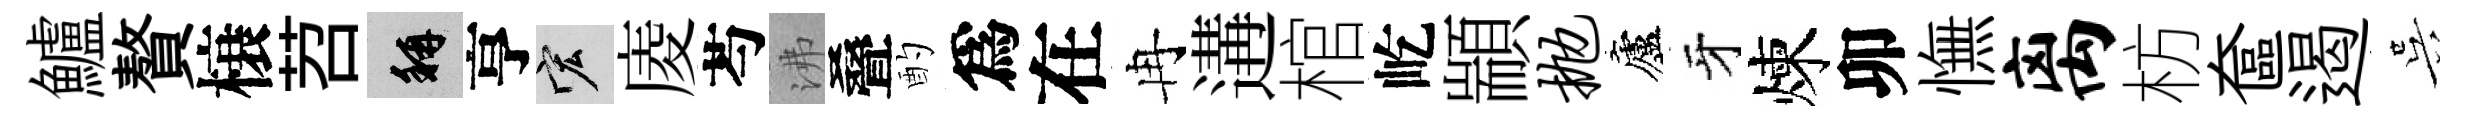
鱸贅榱苕稱亨宏庱芍沸叠酌爲在冉遘棺屹顓抛廬牙煉卯憮离枋奩遏吴